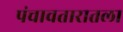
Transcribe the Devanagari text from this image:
पंचावतारातला